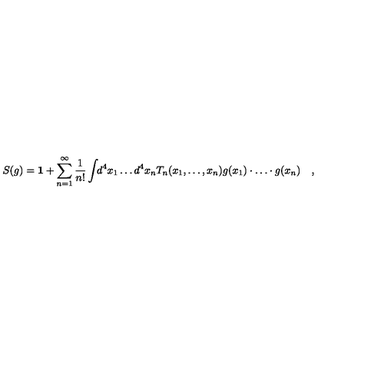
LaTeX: S ( g ) = { \bf 1 } + \sum _ { n = 1 } ^ { \infty } \frac { 1 } { n ! } \int \! \! d ^ { 4 } x _ { 1 } \ldots d ^ { 4 } x _ { n } T _ { n } ( x _ { 1 } , \ldots , x _ { n } ) g ( x _ { 1 } ) \cdot \ldots \cdot g ( x _ { n } ) \quad ,